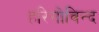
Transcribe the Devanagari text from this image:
हरिगोविन्द